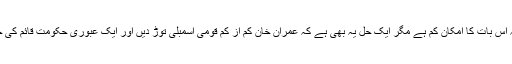
اگرچہ اس بات کا امکان کم ہے مگر ایک حل یہ بھی ہے کہ عمران خان کم از کم قومی اسمبلی توڑ دیں اور ایک عبوری حکومت قائم کی جائے۔